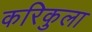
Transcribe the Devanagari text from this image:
करिकुला